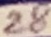
Text: 28